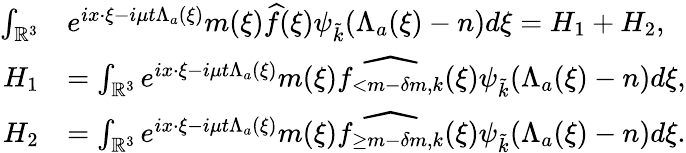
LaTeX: \begin{array}{rl}{\int_{\mathbb{R}^{3}}}&{e^{ix\cdot\xi-i\mu t\Lambda_{a}(\xi)}m(\xi)\widehat{f}(\xi)\psi_{\tilde{k}}(\Lambda_{a}(\xi)-n)d\xi=H_{1}+H_{2},}\\ {H_{1}}&{=\int_{\mathbb{R}^{3}}e^{ix\cdot\xi-i\mu t\Lambda_{a}(\xi)}m(\xi)\widehat{f_{<m-\delta m,k}}(\xi)\psi_{\tilde{k}}(\Lambda_{a}(\xi)-n)d\xi,}\\ {H_{2}}&{=\int_{\mathbb{R}^{3}}e^{ix\cdot\xi-i\mu t\Lambda_{a}(\xi)}m(\xi)\widehat{f_{\geq m-\delta m,k}}(\xi)\psi_{\tilde{k}}(\Lambda_{a}(\xi)-n)d\xi.}\end{array}